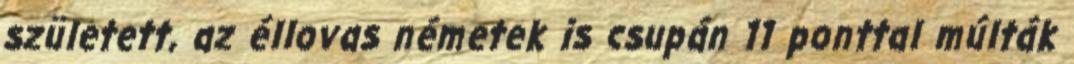
született, az éllovas németek is csupán 11 ponttal múlták